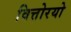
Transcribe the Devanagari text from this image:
वित्तोरयो